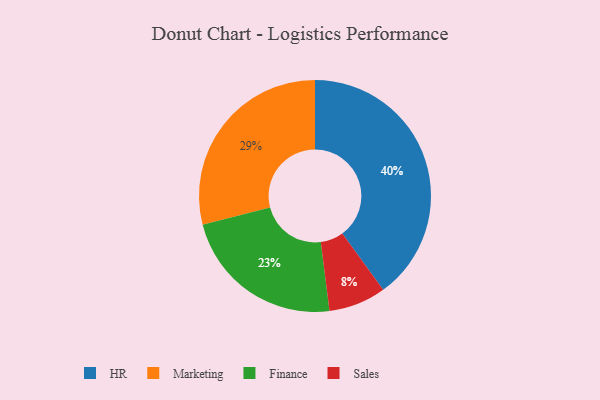
{"axis": {"x": "Category", "y": "Percentage"}, "legend": ["Finance", "HR", "Marketing", "Sales"], "data": [{"x": "Finance", "y": 23, "type": "Finance"}, {"x": "HR", "y": 40, "type": "HR"}, {"x": "Marketing", "y": 29, "type": "Marketing"}, {"x": "Sales", "y": 8, "type": "Sales"}]}